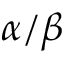
\alpha / \beta